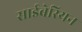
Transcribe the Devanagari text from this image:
साईबेरियन